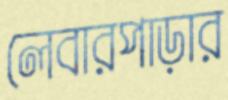
লেবারপাড়ার